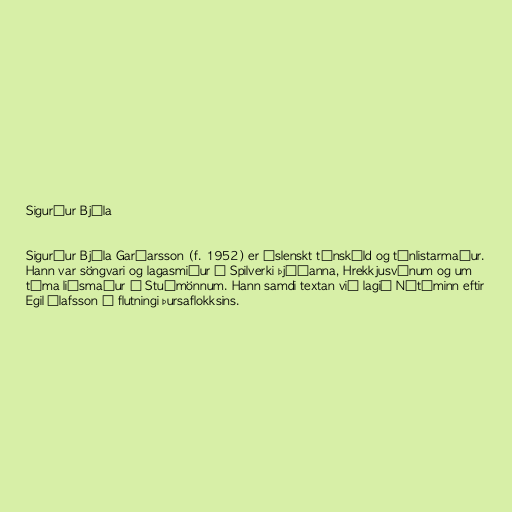
Sigurður Bjóla

Sigurður Bjóla Garðarsson (f. 1952) er íslenskt tónskáld og tónlistarmaður.
Hann var söngvari og lagasmiður í Spilverki þjóðanna, Hrekkjusvínum og um
tíma liðsmaður í Stuðmönnum. Hann samdi textan við lagið Nútíminn eftir
Egil Ólafsson í flutningi Þursaflokksins.